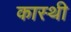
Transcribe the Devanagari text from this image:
कास्थी